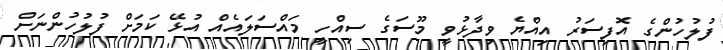
ފުލުހުންގެ އޮފިސަރު އިއްޔެ ވިދާޅުވީ މޫސަގެ ސިއްހީ މައްސަަލައެއްް އުޅޭ ކަަމަށް ފުލުހުންނަށް